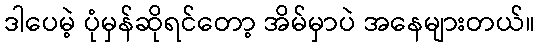
ဒါပေမဲ့ ပုံမှန်ဆိုရင်တော့ အိမ်မှာပဲ အနေများတယ်။